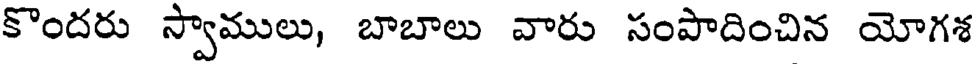
కొందరు స్వాములు, బాబాలు వారు సంపాదించిన యోగశ